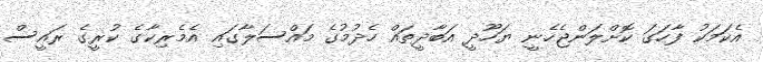
އެކަމަކު ފާހަގަ ކޮށްލަންޖެހެނީ ޔަހޫދީ އަބާދީތައް ހެދުމުގެ މައްސަލާގައި އެމެރިކާގެ ކުރީގެ ރައީސް